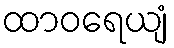
ထာဝရေယျံ